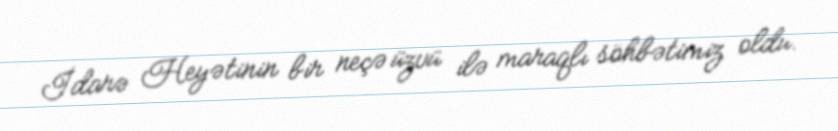
İdarə Heyətinin bir neçə üzvü ilə maraqlı söhbətimiz oldu.